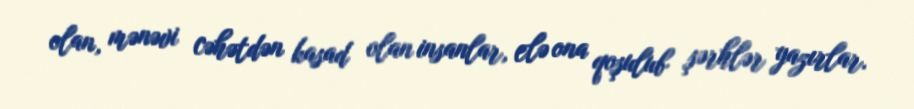
olan, mənəvi cəhətdən kasad olan insanlar, elə ona qoşulub şərhlər yazırlar.